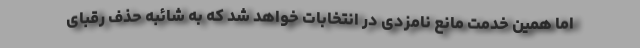
اما همین خدمت مانع نامزدی در انتخابات خواهد شد که به شائبه حذف رقبای